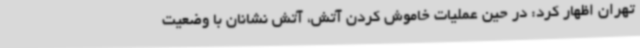
تهران اظهار کرد: در حین عملیات خاموش کردن آتش، آتش نشانان با وضعیت